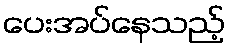
ပေးအပ်နေသည့်